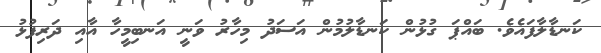
ކަނޑާލާފައެވެ. ބައްޕަ ގުޅުން ކަނޑާލުމުން އަސަދު މިހާރު ވަނީ އަނބިމީހާ އާއި ދަރިފުޅު